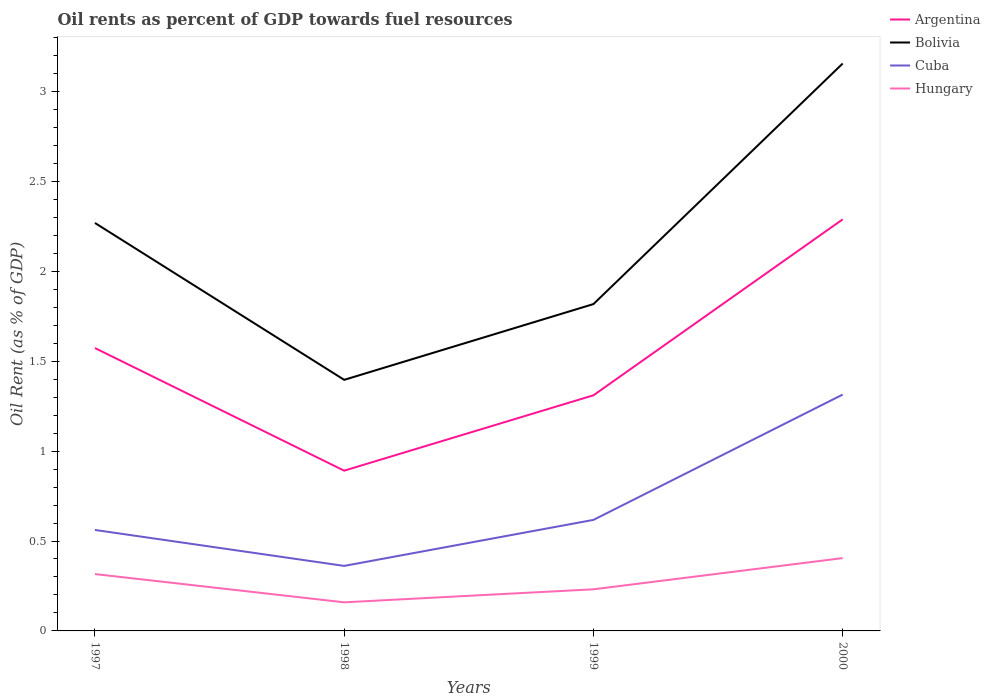
| Years | Argentina | Bolivia | Cuba | Hungary |
 | --- | --- | --- | --- | --- |
 | 1997 | 1.57 | 2.27 | 0.561 | 0.316 |
 | 1998 | 0.891 | 1.4 | 0.362 | 0.159 |
 | 1999 | 1.31 | 1.82 | 0.617 | 0.231 |
 | 2000 | 2.29 | 3.16 | 1.31 | 0.405 |